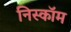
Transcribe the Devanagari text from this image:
निस्कॉम